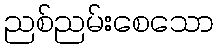
ညစ်ညမ်းစေသော